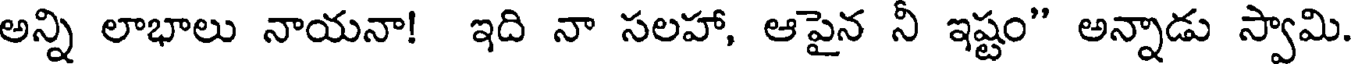
అన్ని లాభాలు నాయనా! ఇది నా సలహా, ఆపైన నీ ఇష్టం" అన్నాడు స్వామి.